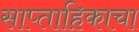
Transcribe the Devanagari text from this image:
साप्‍ताहिकाचा